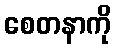
စေတနာကို